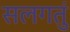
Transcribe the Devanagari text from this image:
सलगतुं